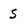
Character: 5